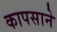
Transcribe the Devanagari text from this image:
कापसाने